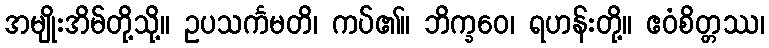
အမျိုးအိမ်တို့သို့။ ဥပသင်္ကမတိ၊ ကပ်၏။ ဘိက္ခဝေ၊ ရဟန်းတို့။ ဧဝံစိတ္တဿ၊